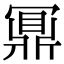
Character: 鼏